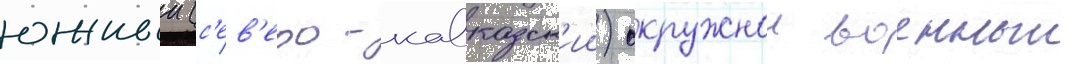
южныи (с'ев'еро-кавказск'ии) окружнои военныи